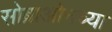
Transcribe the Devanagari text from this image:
सोब्राओनच्या